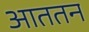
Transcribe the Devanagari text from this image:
आततन